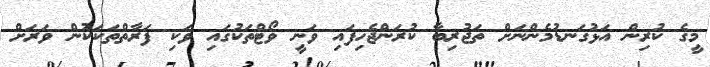
މީގެ ކުރިން އަޅުގަނޑުމެންނަށް ތަޖުރިބާ ކުރަންޖެހިފައި ވަނީ ވޯޓްތަކުގައި ވަކި ފަރާތްތަކަކުން ވަރަށް